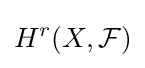
H^{r}(X,{\mathcal {F}})